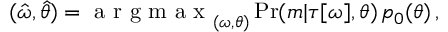
\begin{array} { r } { ( \hat { \omega } , \hat { \theta } ) = \mathrm { ~ a ~ r ~ g ~ m ~ a ~ x ~ } _ { ( \omega , \theta ) } \operatorname* { P r } ( m | \tau [ \omega ] , \theta ) \, p _ { 0 } ( \theta ) \, , } \end{array}